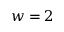
w = 2